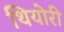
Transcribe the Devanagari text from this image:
थियोरी